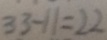
3 3 - 1 1 = 2 2